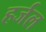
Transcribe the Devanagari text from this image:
हर्जल